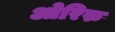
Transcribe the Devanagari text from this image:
ओरिरु